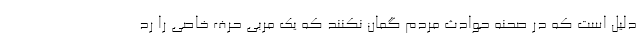
دلیل است که در صحنه حوادث مردم گمان نکنند که یک مربی حرف خاصی را رد